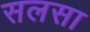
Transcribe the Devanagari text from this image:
सलसा